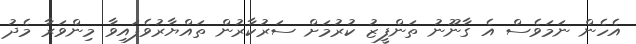
އެހެން ނަމަވެސް އެ ގާނޫނު ތަންފީޒު ކުރުމަށް ސަރުކާރުން ތައްޔާރުވެފައިވާ މިންވަރާ މެދު